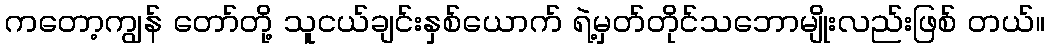
ကတော့ကျွန် တော်တို့ သူငယ်ချင်းနှစ်ယောက် ရဲ့မှတ်တိုင်သဘောမျိုးလည်းဖြစ် တယ်။